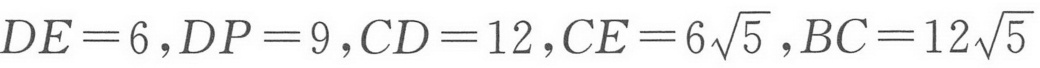
\(DE = 6\)，\(DP = 9\)，\(CD = 12\)，\(CE = 6\sqrt{5}\)，\(BC = 12\sqrt{5}\)